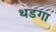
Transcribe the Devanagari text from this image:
थडगा